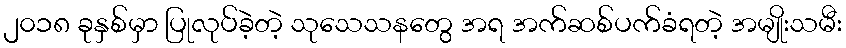
၂၀၁၈ ခုနှစ်မှာ ပြုလုပ်ခဲ့တဲ့ သုသေသနတွေ အရ အက်ဆစ်ပက်ခံရတဲ့ အမျိုးသမီး